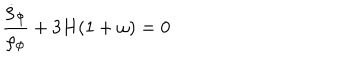
LaTeX: { \frac { \dot { \rho } _ { \phi } } { \rho _ { \phi } } } + 3 H ( 1 + \omega ) = 0